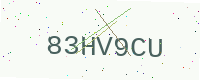
Text: 83HV9CU